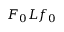
F _ { 0 } L f _ { 0 }